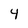
Character: 4